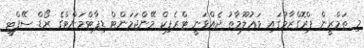
މި ތަމްރީން ޕްރޮގްރާމުގައި މަޢުލޫމާތު ދެއްވަނީ ޓްރެފިކް މޭންޖަމަންޓް ޑިޕާޓްމަންޓްގެ ރޯޑް ސޭފްޓީ